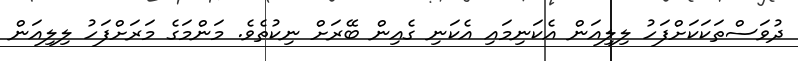
ދުވަސްތަކަކަށްފަހު ލިލިއަން އެކަނިމައި އެކަނި ގެއިން ބޭރަށް ނިކުތެވެ. މަންމަގެ މަރަށްފަހު ލިލިއަން